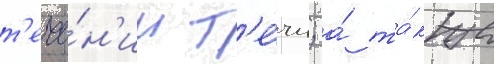
т'ече́н'ии т'е́чи; а́ та́кже